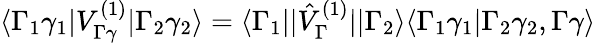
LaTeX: \langle\Gamma_{1}\gamma_{1}|V_{\Gamma\gamma}^{(1)}|\Gamma_{2}\gamma_{2}\rangle=\langle\Gamma_{1}||\hat{V}_{\Gamma}^{(1)}||\Gamma_{2}\rangle\langle\Gamma_{1}\gamma_{1}|\Gamma_{2}\gamma_{2},\Gamma\gamma\rangle